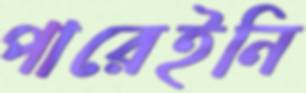
পারেইনি